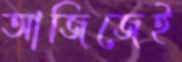
আজিজেই